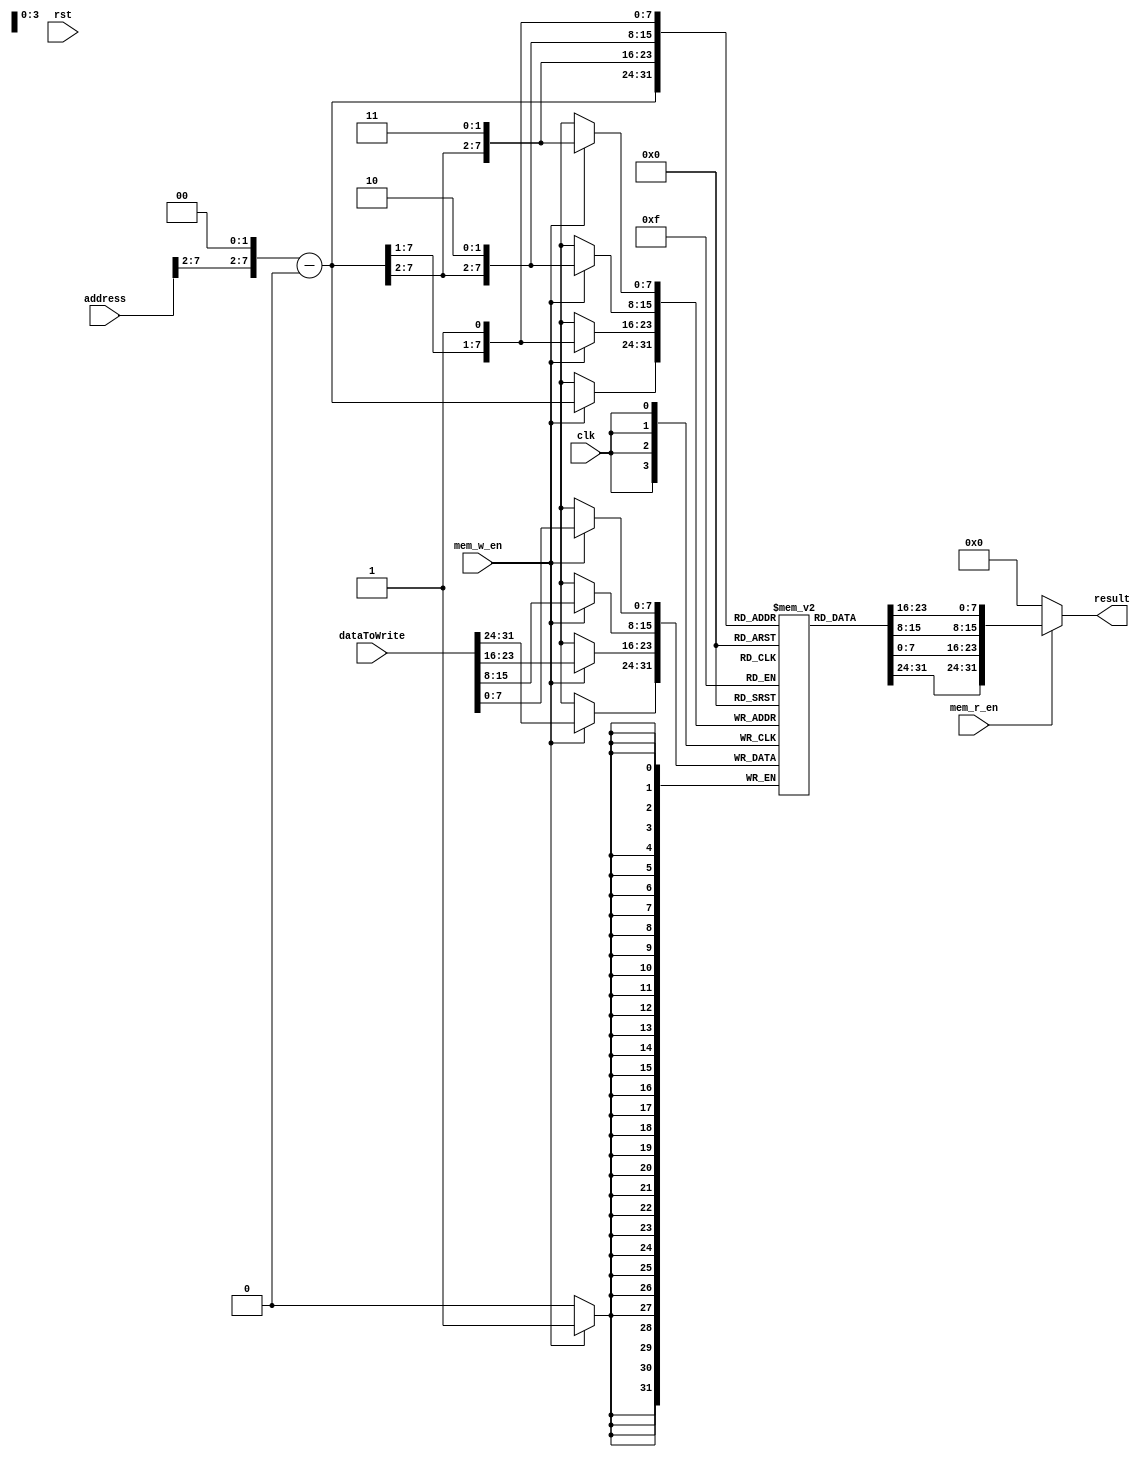
module Data_Memory(
    input clk, rst, mem_w_en, mem_r_en, 
    input [31:0] address, 
    input [31:0] dataToWrite,
    output [31:0] result);

    reg[7:0] memory [0:255];

    wire[31:0] start_address_0, start_address_1, start_address_2, start_address_3;
    assign start_address_0 = {address[31:2], 2'b00} - 32'd1024;
    assign start_address_1 = {start_address_0[31:1], 1'b1};
    assign start_address_2 = {start_address_0[31:2], 2'b10};
    assign start_address_3 = {start_address_0[31:2], 2'b11};

    assign result = (mem_r_en == 1'b1 ? {memory[start_address_0], memory[start_address_1], memory[start_address_2], memory[start_address_3]} : 32'b0);

    always@(posedge clk) begin
        if(mem_w_en == 1'b1) begin
            memory[start_address_3] <= dataToWrite[7:0];
            memory[start_address_2] <= dataToWrite[15:8];
            memory[start_address_1] <= dataToWrite[23:16];
            memory[start_address_0] <= dataToWrite[31:24];
        end
    end
endmodule